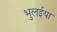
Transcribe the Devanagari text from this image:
भुलईया